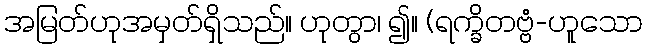
အမြတ်ဟုအမှတ်ရှိသည်။ ဟုတွာ၊ ၍။ (ရက္ခိတဗ္ဗံ-ဟူသော